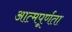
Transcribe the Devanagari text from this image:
आत्मपूर्णता